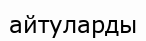
айтуларды